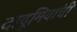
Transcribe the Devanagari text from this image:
दादूमियांची